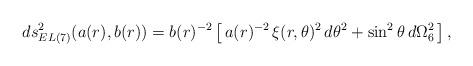
LaTeX: \begin{align*}ds_{EL(7)}^2(a(r),b(r))=b(r)^{-2} \left[\,a(r)^{-2}\,\xi(r, \theta)^2\,d\theta^2 +\sin^2 \theta\,d\Omega_6^2 \,\right],\end{align*}